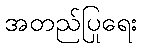
အတည်ပြုရေး